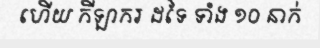
ហើយ កីឡាករ ដទៃ ទាំង ១០ នាក់